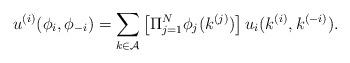
LaTeX: \begin{align*}u^{(i)}(\phi_i, \phi_{-i}) = \sum_{k \in \mathcal{A}} \left[\Pi_{j=1}^N\phi_j(k^{(j)})\right] u_i(k^{(i)},k^{(-i)}).\end{align*}